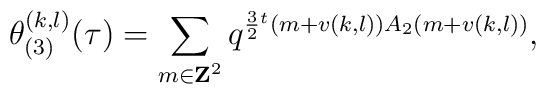
\theta_{(3)}^{(k,l)}(\tau)=\sum_{m\in{\bf Z}^2}q^{\frac{3}{2}{}^t(m+v(k,l))A_2(m+v(k,l))},